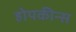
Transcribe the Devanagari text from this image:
होपकीन्स